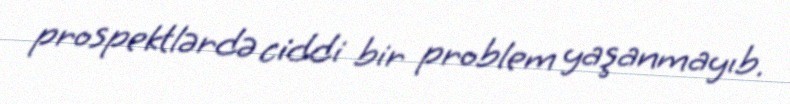
prospektlərdə ciddi bir problem yaşanmayıb.